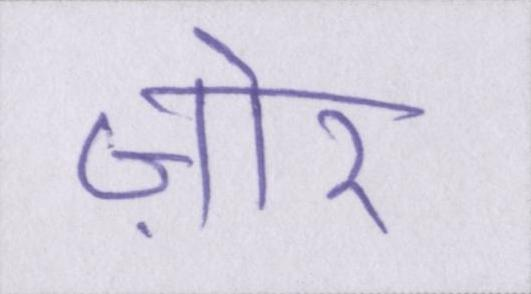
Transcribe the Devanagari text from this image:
ज़ोर